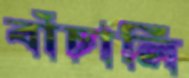
বাঁচালি